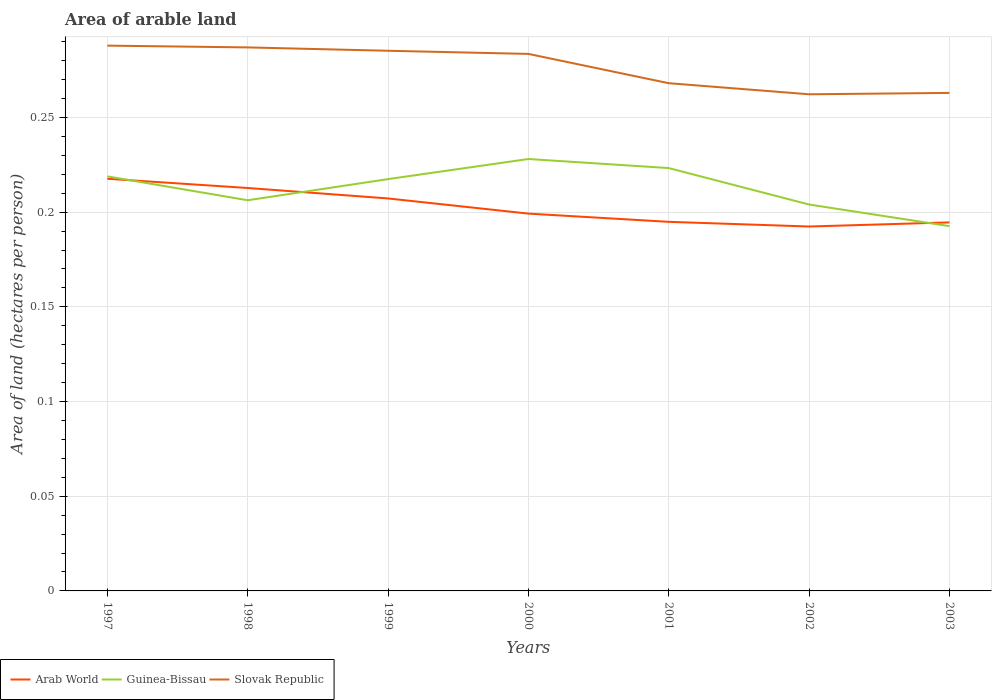
| Years | Arab World | Guinea-Bissau | Slovak Republic |
 | --- | --- | --- | --- |
 | 1997 | 0.218 | 0.219 | 0.288 |
 | 1998 | 0.213 | 0.206 | 0.287 |
 | 1999 | 0.207 | 0.217 | 0.285 |
 | 2000 | 0.199 | 0.228 | 0.284 |
 | 2001 | 0.195 | 0.223 | 0.268 |
 | 2002 | 0.192 | 0.204 | 0.262 |
 | 2003 | 0.195 | 0.193 | 0.263 |